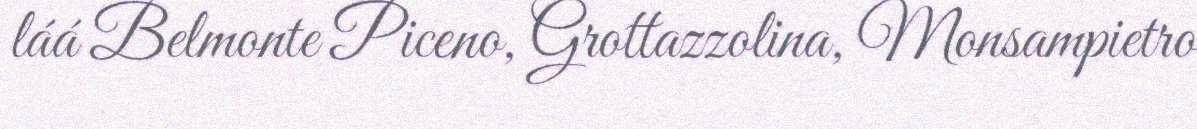
láá Belmonte Piceno, Grottazzolina, Monsampietro